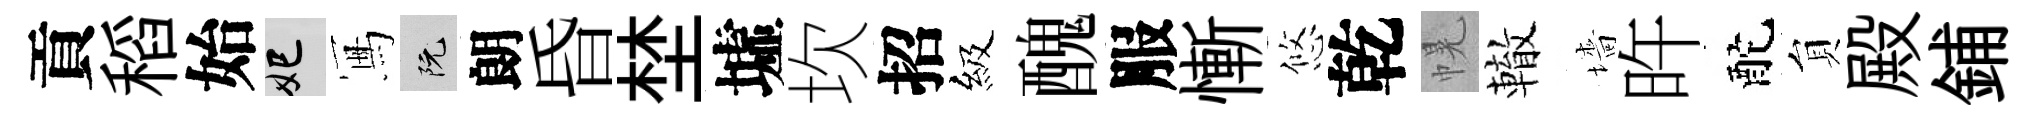
貢稻始妃冩阮朗昏埜墟坎招級醜服慚悠乾幌轍墻旿酡貟殿鋪